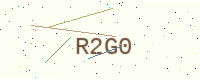
Text: R2G0